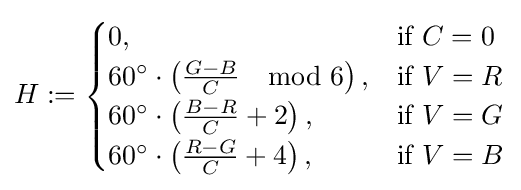
H:={\begin{cases}0,&{\text{if }}C=0\\60^{\circ }\cdot \left({\frac {G-B}{C}}\mod 6\right),&{\text{if }}V=R\\60^{\circ }\cdot \left({\frac {B-R}{C}}+2\right),&{\text{if }}V=G\\60^{\circ }\cdot \left({\frac {R-G}{C}}+4\right),&{\text{if }}V=B\end{cases}}